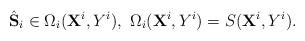
LaTeX: \begin{align*}\hat{\bf S}_i\in \Omega_i({\bf X}^i, Y^i ), \ \Omega_i({\bf X}^i, Y^i ) = S({\bf X}^i, Y^i). \end{align*}